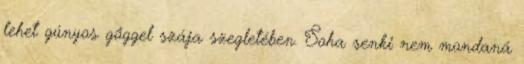
lehet gúnyos gőggel szája szegletében. Soha senki nem mondaná